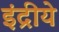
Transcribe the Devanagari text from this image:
इंद्रीये